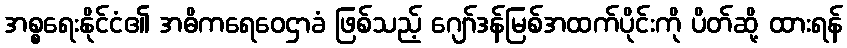
အစ္စရေးနိုင်ငံ၏ အဓိကရေဝေဌာခံ ဖြစ်သည့် ဂျော်ဒန်မြစ်အထက်ပိုင်းကို ပိတ်ဆို့ ထားရန်